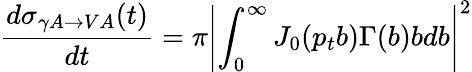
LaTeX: {\frac{d\sigma_{\gamma A\to VA}(t)}{dt}}=\pi{\left|\int_{0}^{\infty}J_{0}({p_{t}}b)\Gamma(b)bdb\right|}^{2}